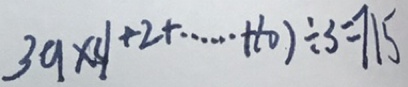
3 9 \times ( 1 + 2 + \cdots + 1 0 ) \div 3 = 7 1 5